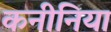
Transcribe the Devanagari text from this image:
कनीनिया